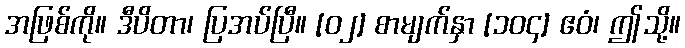
အဖြစ်ကို။ ဒီပိတာ၊ ပြအပ်ပြီ။ [၀၂] စာမျက်နှာ [၁၀၄] ဧဝံ၊ ဤသို့။